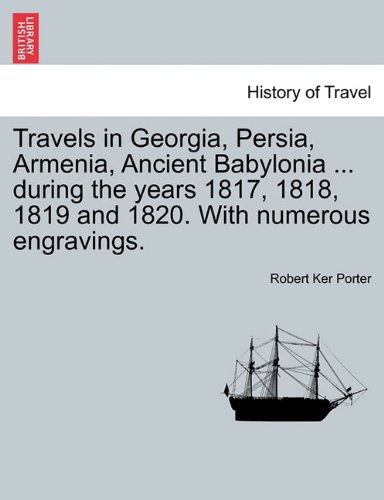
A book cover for Travels in Georgia, Persia, Armenia, Ancient Babylonia ... during the years 1817, 1818, 1819 and 1820. With numerous engravings. VOL. I; Robert Ker Porter; Travel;